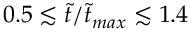
0 . 5 \lesssim \tilde { t } / \tilde { t } _ { m a x } \lesssim 1 . 4